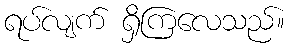
ရပ်လျက် ရှိကြလေသည်။